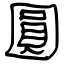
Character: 圓